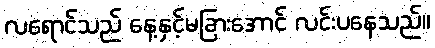
လရောင်သည် နေ့နှင့်မခြားအောင် လင်းပနေသည်။